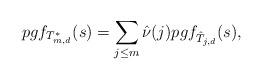
LaTeX: \begin{align*} pgf_{T_{m,d}^*}(s)=\sum_{j\leq m} \hat{\nu}(j) pgf_{\hat{T}_{j,d}}(s),\end{align*}